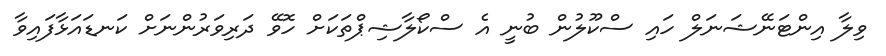
ވިލާ އިންޓަނޭޝަނަލް ހައި ސްކޫލުން ބުނީ އެ ސްކޯލާޝިޕްތަކަށް ހޮވޭ ދަރިވަރުންނަށް ކަނޑައަޅާފައިވާ